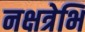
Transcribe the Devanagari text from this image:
नक्षत्रेभि